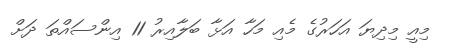
މިއީ މިދިޔަ އަހަރުގެ މެއި މަހާ އަޅާ ބަލާއިރު 11 އިންސައްތަ ދަށް